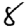
Digit: 8